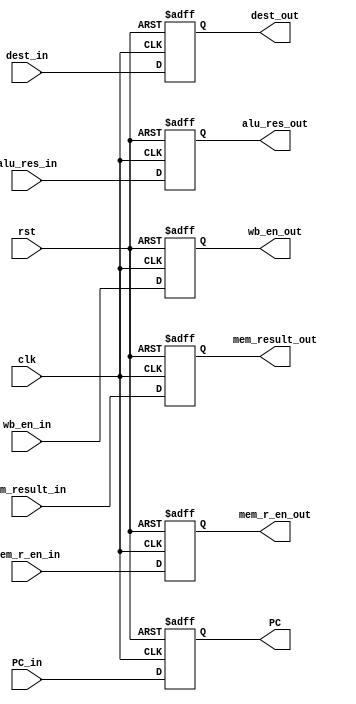
module MEM_Stage_Reg(
	input clk, rst,
	input [31:0] PC_in,
	output reg [31:0] PC,
	
	input wire wb_en_in,
	input wire mem_r_en_in,
	input wire [31:0] alu_res_in,
	input wire [31:0] mem_result_in,
	input wire [3:0] dest_in,
	
	output reg wb_en_out,
	output reg mem_r_en_out,
	output reg [31:0] alu_res_out,
	output reg [31:0] mem_result_out,
	output reg [3:0] dest_out
);
	always @(posedge clk, posedge rst) begin
		if (rst) begin
			PC <= 32'd0;
			wb_en_out <= 1'b0;
			mem_r_en_out <= 1'b0;
			alu_res_out <= 32'b0;
			mem_result_out <= 32'b0;
			dest_out <= 4'b0;
		end else begin
			PC <= PC_in;
			wb_en_out <= wb_en_in;
			mem_r_en_out <= mem_r_en_in;
			alu_res_out <=  alu_res_in; 
			mem_result_out <=  mem_result_in; 
			dest_out <= dest_in;
		end
	end
endmodule